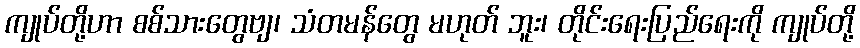
ကျုပ်တို့ဟာ စစ်သားတွေဗျ၊ သံတမန်တွေ မဟုတ် ဘူး၊ တိုင်းရေးပြည်ရေးကို ကျုပ်တို့